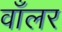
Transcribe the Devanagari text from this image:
वाँलर